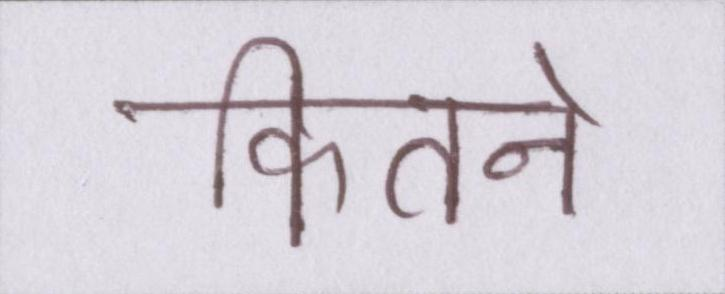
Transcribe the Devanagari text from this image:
कितने